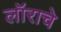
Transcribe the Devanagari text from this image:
लॉराचे